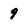
Character: 9